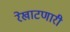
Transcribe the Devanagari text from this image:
रेखाटणारी